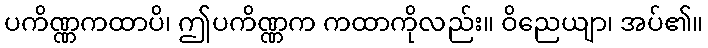
ပကိဏ္ဏကထာပိ၊ ဤပကိဏ္ဏက ကထာကိုလည်း။ ဝိညေယျာ၊ အပ်၏။